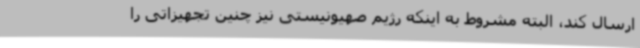
ارسال کند، البته مشروط به اینکه رژیم صهیونیستی نیز چنین تجهیزاتی را